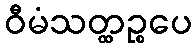
ဝီမံသတ္ထဉ္စပေ